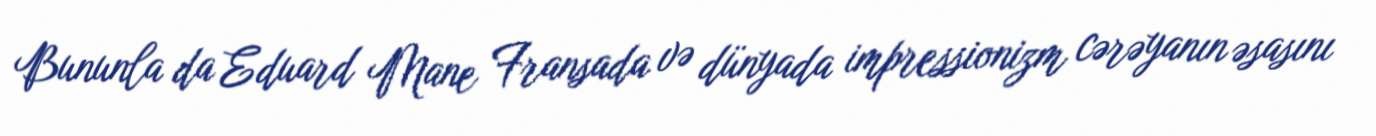
Bununla da Eduard Mane Fransada və dünyada impressionizm cərəyanın əsasını